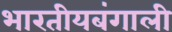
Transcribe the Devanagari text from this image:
भारतीयबंगाली